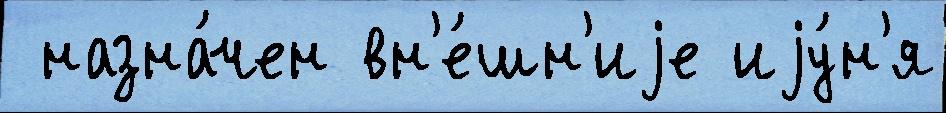
 назна́чен вн'е́шн'иjе иjу́н'я